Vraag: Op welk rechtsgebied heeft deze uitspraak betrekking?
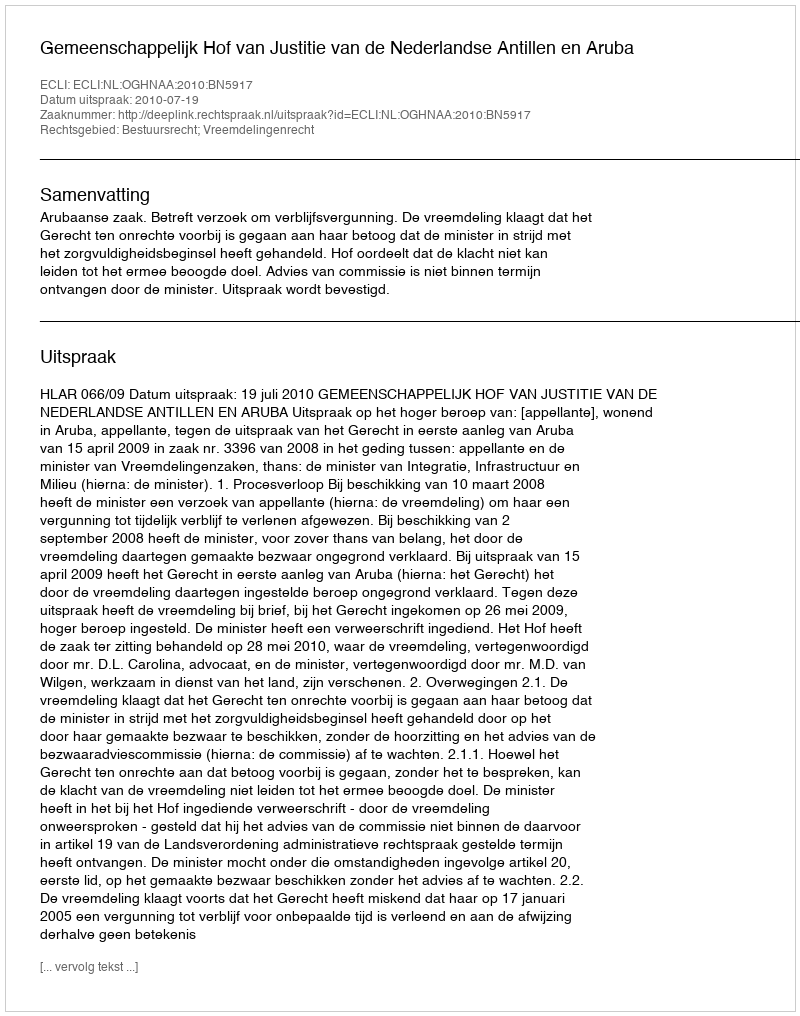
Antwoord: Bestuursrecht; Vreemdelingenrecht